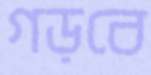
গড়বে